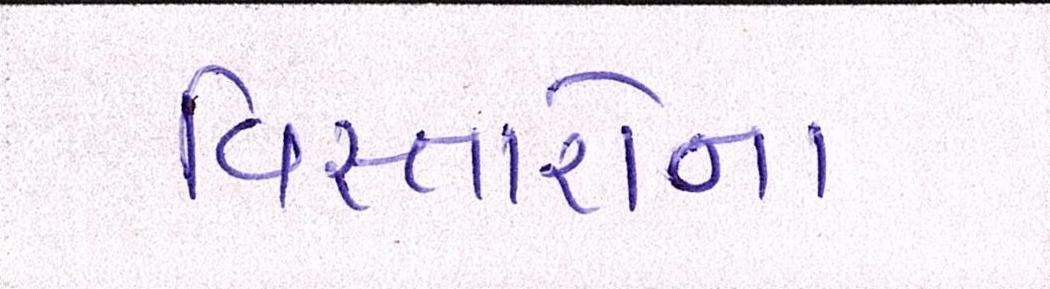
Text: વિસ્તારોના